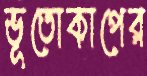
ভূতোকাপের